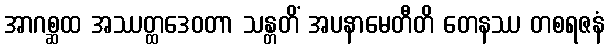
အာဂစ္ဆထ အဿတ္ထဒေဝတာ သန္တတိံ အပနာမေတီတိ တေနဿ တစရဇနံ